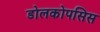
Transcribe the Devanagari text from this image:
डोलकोपसिस